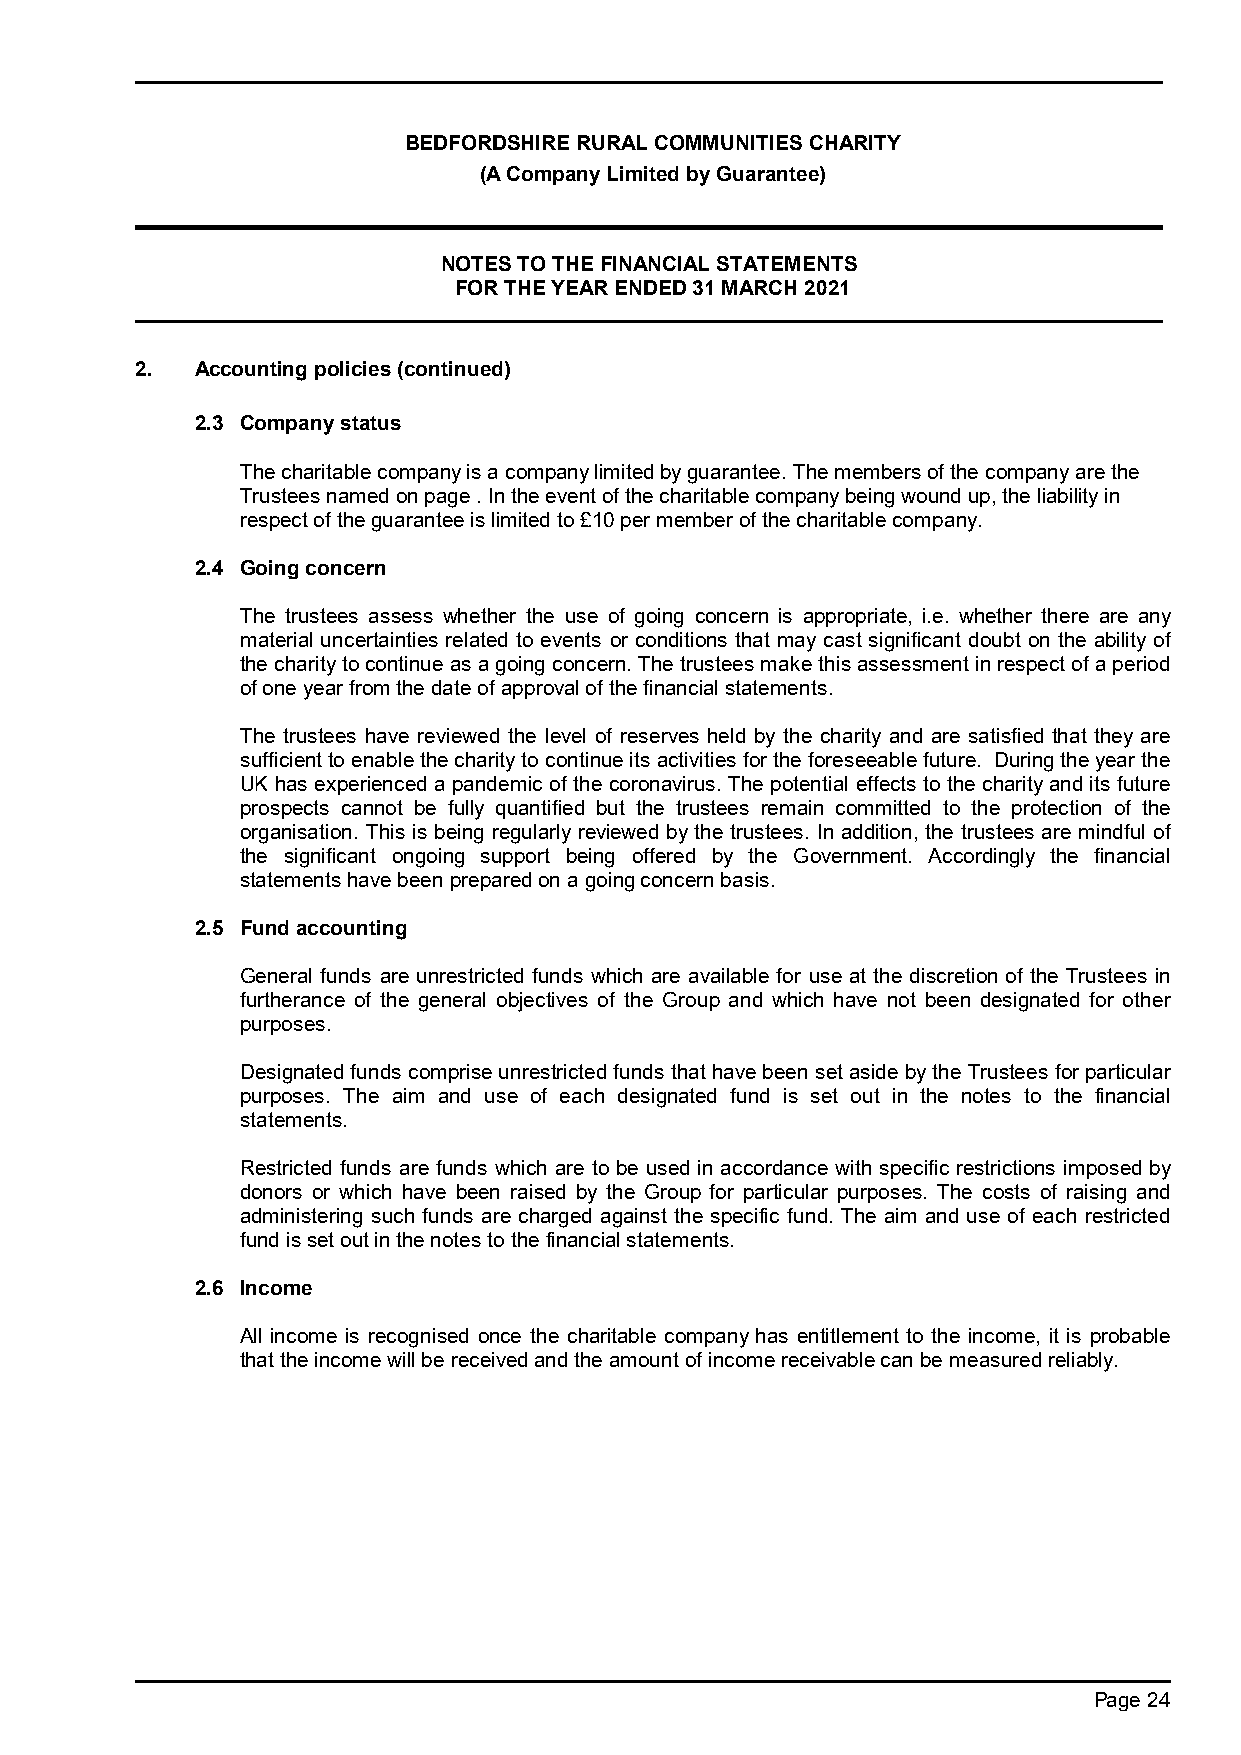
BEDFORDSHIRE RURAL COMMUNITIES CHARITY
 (A Company Limited by Guarantee)
 NOTES TO THE FINANCIAL STATEMENTS
 FOR THE YEAR ENDED 31 MARCH 2021
 2.  Accounting policies (continued)
 2.3 Company status
 The charitable company is a company limited by guarantee. The members of the company are the
 Trustees named on page . In the event of the charitable company being wound up, the liability in
 respect of the guarantee is limited to £10 per member of the charitable company.
 2.4 Going concern
 The trustees assess whether the use of going concern is appropriate, i.e. whether there are any
 material uncertainties related to events or conditions that may cast significant doubt on the ability of
 the charity to continue as a going concern. The trustees make this assessment in respect of a period
 of one year from the date of approval of the financial statements.
 The trustees have reviewed the level of reserves held by the charity and are satisfied that they are
 sufficient to enable the charity to continue its activities for the foreseeable future. During the year the
 UK has experienced a pandemic of the coronavirus. The potential effects to the charity and its future
 prospects cannot be fully quantified but the trustees remain committed to the protection of the
 organisation. This is being regularly reviewed by the trustees. In addition, the trustees are mindful of
 the significant ongoing support being offered by the Government. Accordingly the financial
 statements have been prepared on a going concern basis.
 2.5 Fund accounting
 General funds are unrestricted funds which are available for use at the discretion of the Trustees in
 furtherance of the general objectives of the Group and which have not been designated for other
 purposes.
 Designated funds comprise unrestricted funds that have been set aside by the Trustees for particular
 purposes. The aim and use of each designated fund is set out in the notes to the financial
 statements.
 Restricted funds are funds which are to be used in accordance with specific restrictions imposed by
 donors or which have been raised by the Group for particular purposes. The costs of raising and
 administering such funds are charged against the specific fund. The aim and use of each restricted
 fund is set out in the notes to the financial statements.
 2.6 Income
 All income is recognised once the charitable company has entitlement to the income, it is probable
 that the income will be received and the amount of income receivable can be measured reliably.
 Page 24